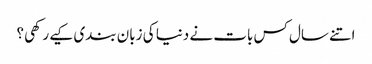
اتنے سال کس بات نے دنیا کی زبان بندی کیے رکھی؟